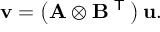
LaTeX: \mathbf { v } = \left( \mathbf { A } \otimes \mathbf { B } ^ { \textsf { T } } \right) \mathbf { u } .